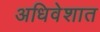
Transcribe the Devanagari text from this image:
अधिवेशात